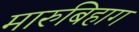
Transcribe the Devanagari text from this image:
मारुबिहाग